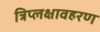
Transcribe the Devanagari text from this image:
त्रिप्लक्षावहरण